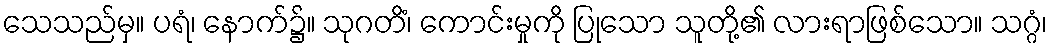
သေသည်မှ။ ပရံ၊ နောက်၌။ သုဂတိံ၊ ကောင်းမှုကို ပြုသော သူတို့၏ လားရာဖြစ်သော။ သဂ္ဂံ၊